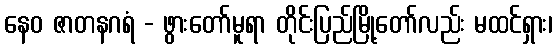
နေဝ ဇာတနဂရံ - ဖွားတော်မူရာ တိုင်းပြည်မြို့တော်လည်း မထင်ရှား၊